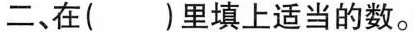
二、在()里填上适当的数。